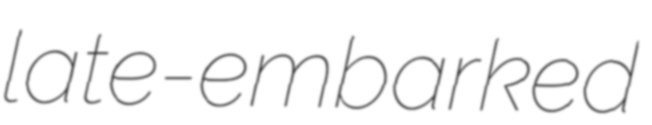
late-embarked